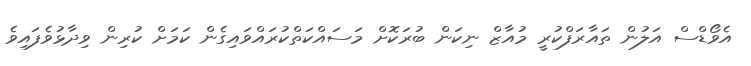
އެވޯޑްސް އަލުން ތައާރަފްކުރީ މުއާޒް ނިކަން ބުރަކޮށް މަސައްކަތްކުރައްވައިގެން ކަމަށް ކުރިން ވިދާޅުވެފައިވެ